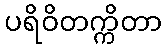
ပရိဝိတက္ကိတာ